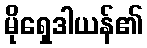
မိုရှေဒါယန်၏